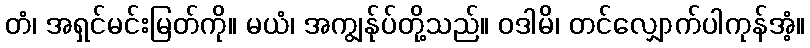
တံ၊ အရှင်မင်းမြတ်ကို။ မယံ၊ အကျွန်ုပ်တို့သည်။ ဝဒါမိ၊ တင်လျှောက်ပါကုန်အံ့။